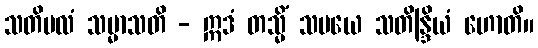
သတိဗလံ သမ္မာသတိ - ဣဒံ တသ္မိံ သမယေ သတိန္ဒြိယံ ဟောတိ။